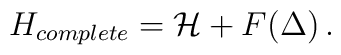
H_{complete} = {\cal H}  + F(\Delta) \, .